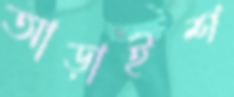
আড়াইশ